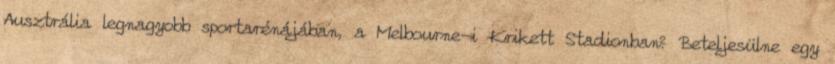
Ausztrália legnagyobb sportarénájában, a Melbourne-i Krikett Stadionban? Beteljesülne egy